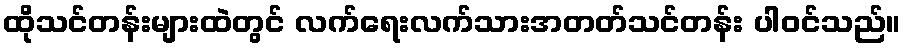
ထိုသင်တန်းများထဲတွင် လက်ရေးလက်သားအတတ်သင်တန်း ပါဝင်သည်။